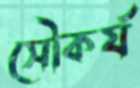
সৌকর্য